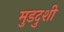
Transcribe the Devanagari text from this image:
मुडदुशी